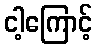
ငါ့ကြောင့်